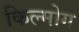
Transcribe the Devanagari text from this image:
किल्मोग